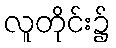
လူတိုင်း၌